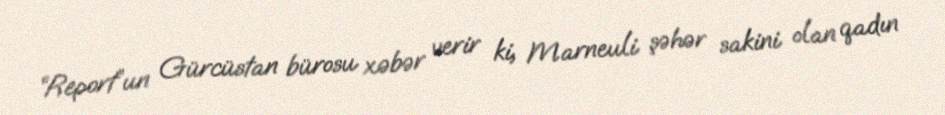
“Report”un Gürcüstan bürosu xəbər verir ki, Marneuli şəhər sakini olan qadın